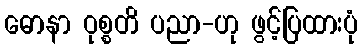
ဓောနာ ဝုစ္စတိ ပညာ-ဟု ဖွင့်ပြထားပုံ